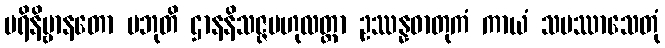
ပရိနိဗ္ဗာနတော ပဘုတိ ဌာနနိသဇ္ဇဗဟုလတ္တာ ဥဿန္နဓာတုကံ ကာယံ သမဿာသေတုံ